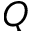
Q